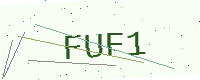
Text: FUF1